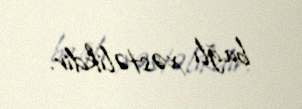
bağlı xəstəlikdir.